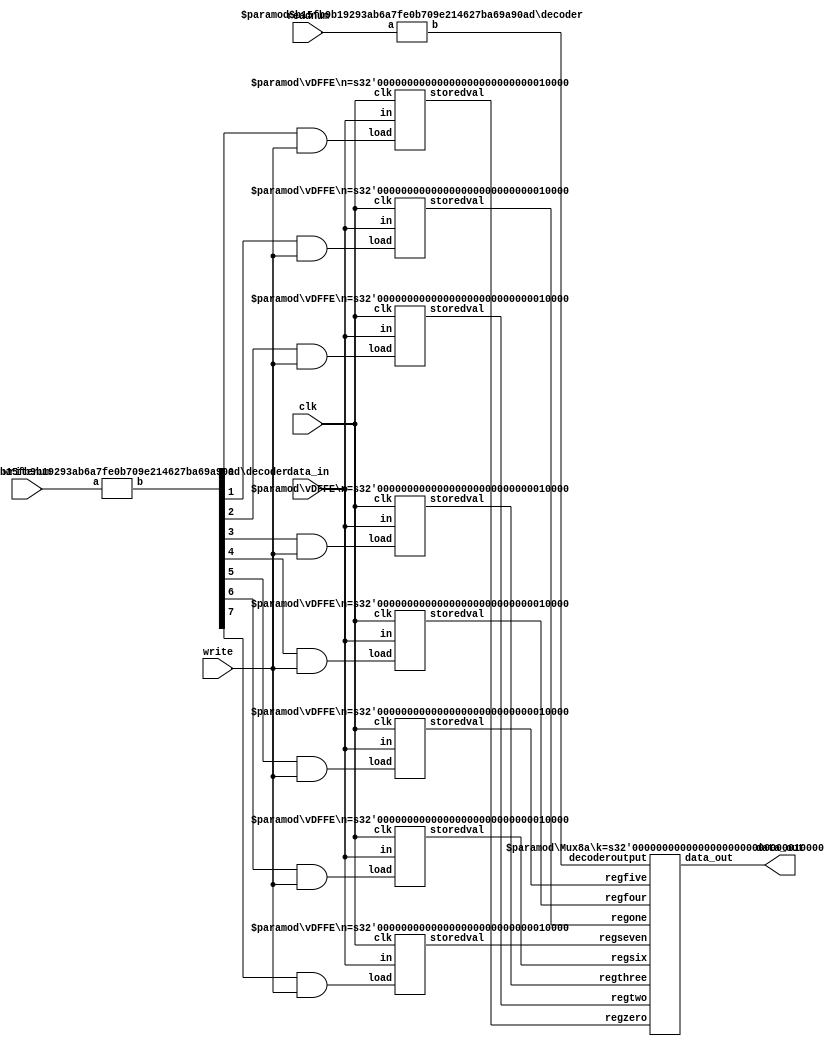
module regfile(data_in,writenum,write,readnum,clk,data_out);

	input [15:0] data_in;
	input [2:0] writenum, readnum;
	input write;
	input clk;
	output [15:0] data_out;

	wire [7:0] topdecoderoutput;
	wire [7:0] bottomdecoderoutput;
	wire [15:0] R0;
	wire [15:0] R1;
	wire [15:0] R2;
	wire [15:0] R3;
	wire [15:0] R4;
	wire [15:0] R5;
	wire [15:0] R6;
	wire [15:0] R7;

/*Instantiation #1: Top decoder

Inputs:
1. writenum (local, 3 bit binary): the number of the register we want to write our value to

Outputs:
1. topdecoderoutput (8 bit one hot): the number of the register we want to write out value to in one hot code

*/

decoder #(3,8) topinstance(writenum, topdecoderoutput);

/*Instantation Set #3: all registers

Inputs:
1. clk (local, 1 bit binary): clock signal
2. topload(zero - eight) (#2, 1 bit binary each): load provided to each register load enable circuit (controlling whether or not the value is written to that register)
3. data_in (local, 16 bit binary): the 16 bit input value to store in the relevant register

Outputs:
1. R (0 through 7) (16 bit binary): depending on the load, may store the value on the next rising edge of the clock 

*/

vDFFE #(16) regzero(clk, (topdecoderoutput[0] && write), data_in, R0);
vDFFE #(16) regone(clk, (topdecoderoutput[1] && write), data_in, R1);
vDFFE #(16) regtwo(clk, (topdecoderoutput[2] && write), data_in, R2);
vDFFE #(16) regthree(clk, (topdecoderoutput[3] && write), data_in, R3);
vDFFE #(16) regfour(clk, (topdecoderoutput[4] && write), data_in, R4);
vDFFE #(16) regfive(clk, (topdecoderoutput[5] && write), data_in, R5);
vDFFE #(16) regsix(clk, (topdecoderoutput[6] && write), data_in, R6);
vDFFE #(16) regseven(clk, (topdecoderoutput[7] && write), data_in, R7);

/* Instantiation #4: Lower decoder

Inputs: 
1. readnum (local, 3 bit binary): number of the register storing the value we care about 

Outputs:
1. bottomdecoderoutput (8 bit one hot): register number in one hot code

*/

decoder #(3,8) bottominstance(readnum, bottomdecoderoutput);

/*Instantiation #5: Lower multiplexer

Inputs:
1. all registers (#3, 16 bit binary)
2. bottomdecoderoutput (#4, 8 bit one hot): the register number from which the storedvalue must be copied to data_out, in one hot code (essentially the select)

Outputs: 

1. data_out (16 bit binary): the output value based on the bottomdecoderoutput 

*/

Mux8a #(16) bottommux(R7,R6,R5,R4,R3,R2,R1,R0, bottomdecoderoutput, data_out);


endmodule 

//decoder module  

module decoder(a,b);
 parameter n = 2;
 parameter m = 4;
 
 input [n-1:0] a;
 output [m-1:0] b;
 wire [m-1:0] b = 1 << a;
endmodule

//multiplexer module

module Mux8a(regseven,regsix,regfive,regfour,regthree,regtwo,regone,regzero, decoderoutput, data_out);
	parameter k = 1;
	input [k-1:0] regseven,regsix,regfive,regfour,regthree,regtwo,regone,regzero;
	input [7:0] decoderoutput;
	output [k-1:0] data_out;
	reg [k-1:0] data_out;

always @(*) begin
	case(decoderoutput)
		8'b00000001: data_out = regzero;
		8'b00000010: data_out = regone;
		8'b00000100: data_out = regtwo;
		8'b00001000: data_out = regthree;
		8'b00010000: data_out = regfour;
		8'b00100000: data_out = regfive;
		8'b01000000: data_out = regsix;
		8'b10000000: data_out = regseven;
		default: data_out = {k{1'bx}};
	endcase
end

endmodule 

//register load enabled module 
		
module vDFFE(clk, load, in, storedval);
	parameter n = 1;
	input clk, load;
	input [n-1:0] in;
	output [n-1:0] storedval;
	reg [n-1:0] storedval;
	wire [n-1:0] next_out;

	assign next_out = load ? in : storedval;

	always @(posedge clk)
	storedval = next_out;
endmodule